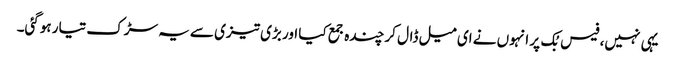
یہی نہیں، فیس بُک پر انہوں نے ای میل ڈال کر چندہ جمع کیا اور بڑی تیزی سے یہ سڑک تیار ہوگئی۔